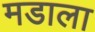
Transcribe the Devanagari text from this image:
मडाला